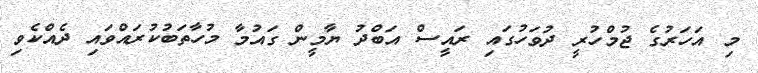
މި އަހަރުގެ ޖުމްހުރީ ދުވަހުގައި ރައީސް އަބްދު ޔާމީން ގައުމާ މުހާތަބުކުރައްވައި ދެއްކެވި